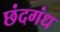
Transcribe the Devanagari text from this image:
छंदगंध